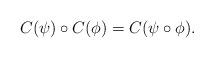
LaTeX: \begin{align*}C(\psi)\circ C(\phi)=C(\psi\circ\phi).\end{align*}